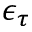
\epsilon _ { \tau }